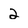
Character: 2